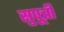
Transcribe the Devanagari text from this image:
सुपूत्री